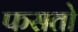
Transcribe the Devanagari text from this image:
फसतो